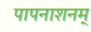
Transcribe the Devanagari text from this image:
पापनाशनम्